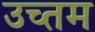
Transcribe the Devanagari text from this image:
उच्तम